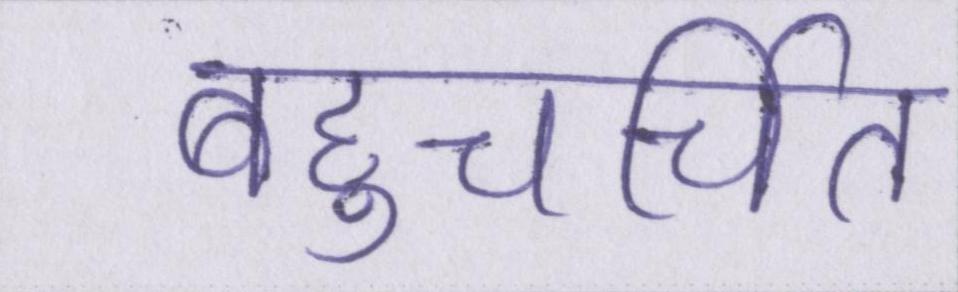
बहुचर्चित